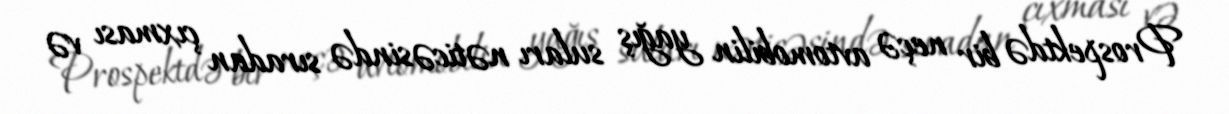
Prospektdə bir neçə avtomobilin yağış suları nəticəsində sıradan çıxması və